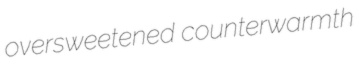
oversweetened counterwarmth